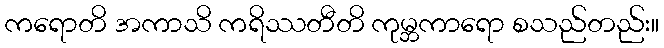
ကရောတိ အကာသိ ကရိဿတီတိ ကုမ္ဘကာရော စသည်တည်း။